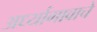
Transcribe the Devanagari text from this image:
अर्ध्यागावाचे